Madras plague regulations in force outside the Presidency town - Volume 3
Disease focus: Plague
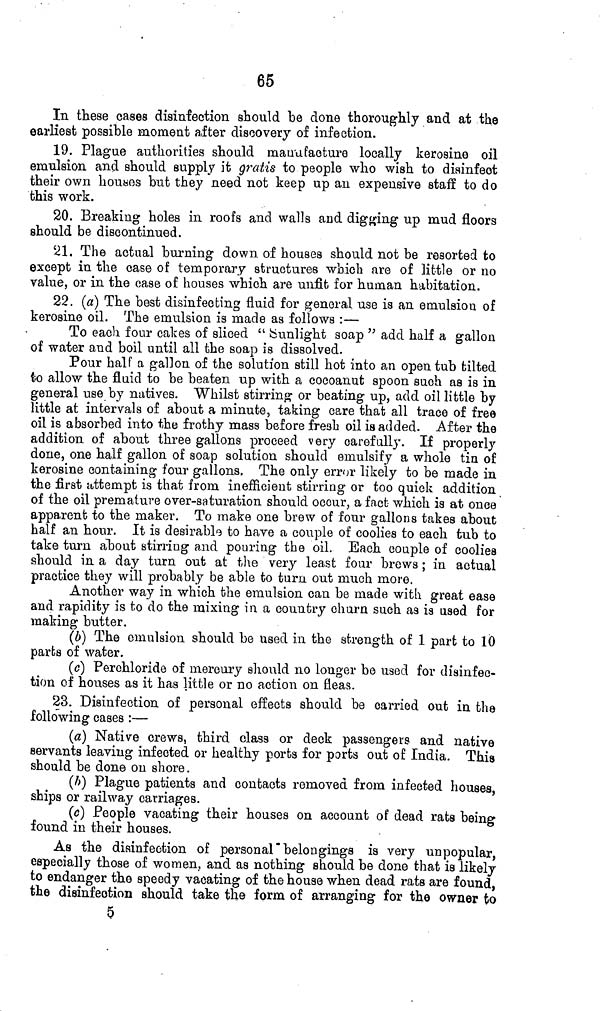
65
In these cases disinfection should be done thoroughly and at the
earliest possible moment after discovery of infection.
19. Plague authorities should manufacture locally kerosine oil
emulsion and should supply it gratis to people who wish to disinfect
their own hou«es but they need not keep up an expensive staff to do
this work.
20. Breaking holes in roofs and walls and digging up mud floors
should be discontinued.
21. The actual burning down of houses should not be resorted to
except in the case of temporary structures which are of little or no
value, or in the case of houses which are unfit for human habitation.
22. (a] The best disinfecting fluid for general use is an emulsion of
kerosine oil. The emulsion is made as follows :—
To each four cakes of sliced " Sunlight soap " add half a gallon
of water and boil until all the soap is dissolved.
Pour half a gallon of the solution still hot into an open tub tilted
to allow the fluid to be beaten up with a cocoanut spoon such as is in
general use by natives. Whilst stirring or beating up, add oil little by
little at intervals of about a minute, taking care that all trace of free
oil is absorbed into the frothy mass before fresh oil is added. After the
addition of about three gallons proceed very carefully. If properly
done, one half gallon of soap solution should emulsify a whole tin of
kerosine containing four gallons. The only error likely to be made in
the first attempt is that from inefficient stirring or too quick addition
of the oil premature over-saturation should occur, a fact which is at once
apparent to the maker. To make one brew of four gallons takes about
half an hour. It is desirable to have a couple of coolies to each tub to
take turn about stirring and pouring the oil. Each couple of coolies
should in a day turn out at the very least four brews ; in actual
practice they will probably be able to turn out much more.
Another way in which the emulsion can be made with great ease
and rapidity is to do the mixing in a country churn such aa is used for
making butter.
(¿>) The emulsion should be used in the strength of 1 part to 10
parts of water.
(c) Perohloride of mercury should no longer be used for disinfec-
tion of houses as it has little or no action on fleas.
23. Disinfection of personal effects should be carried out in the
following cases :—
(a) Native crews, third class or deck passengers and native
servants leaving infected or healthy ports for ports out of India. This
should be done on shore.
(h) Plague patients and contacts removed from infected houses,
ships or railway carriages.
(c) People vacating their houses on account of dead rats being
found in their houses.
As the disinfection of personal "belongings is very unpopular,
especially those of women, and as nothing should be done that is likely
to endanger the speedy vacating of the house when dead rats are found,
the disinfection should take the form of arranging for the owner to
0